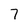
Character: 7